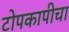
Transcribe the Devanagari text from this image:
टोपकापीचा